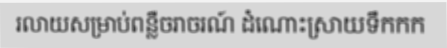
រលាយសម្រាប់ពន្លឺចរាចរណ៍ ដំណោះស្រាយទឹកកក